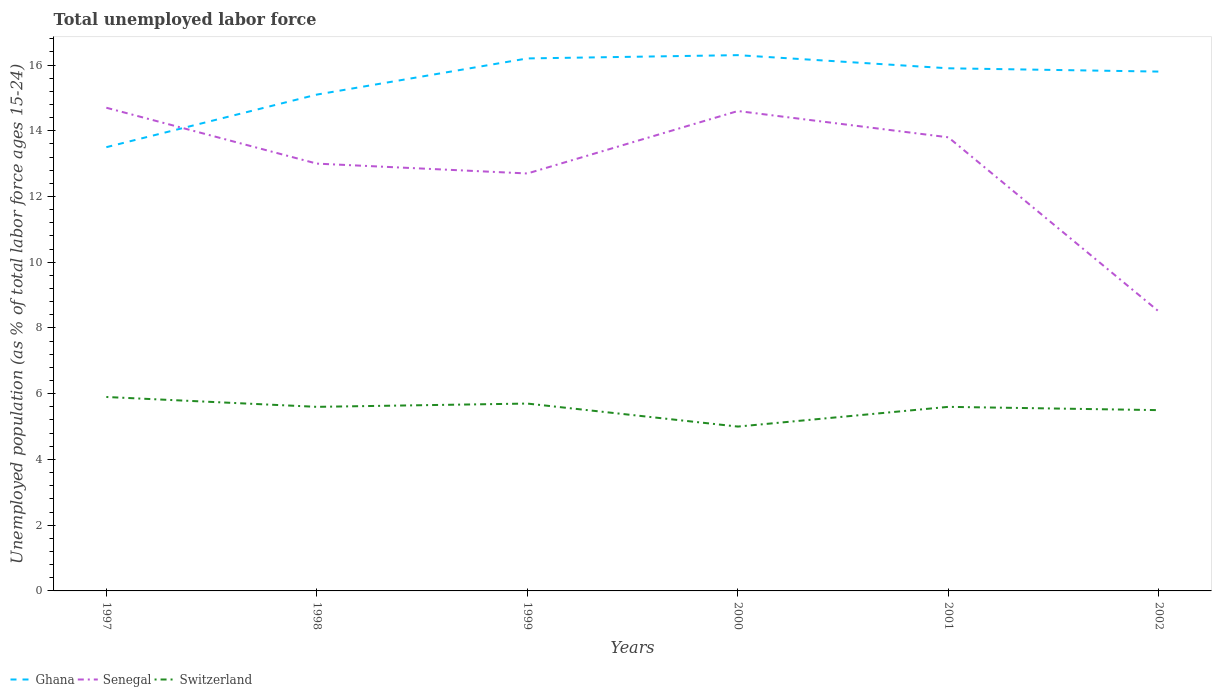
| Years | Ghana | Senegal | Switzerland |
 | --- | --- | --- | --- |
 | 1997 | 13.5 | 14.7 | 5.9 |
 | 1998 | 15.1 | 13 | 5.6 |
 | 1999 | 16.2 | 12.7 | 5.7 |
 | 2000 | 16.3 | 14.6 | 5 |
 | 2001 | 15.9 | 13.8 | 5.6 |
 | 2002 | 15.8 | 8.5 | 5.5 |